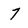
Character: 7